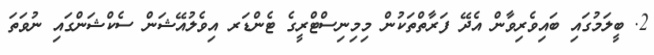
2. ބީލަމުގައި ބައިވެރިވާން އެދޭ ފަރާތްތަކުން މިމިނިސްޓްރީގެ ޓެންޑަރ އިވެލުއޭޝަން ސެކްޝަންގައި ނުވަތަ